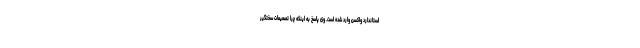
استاندارد واکسن وارد شده است. وی پاسخ به اینکه چرا تصمیمات سختگیر